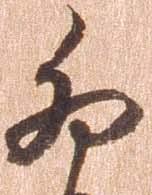
卯